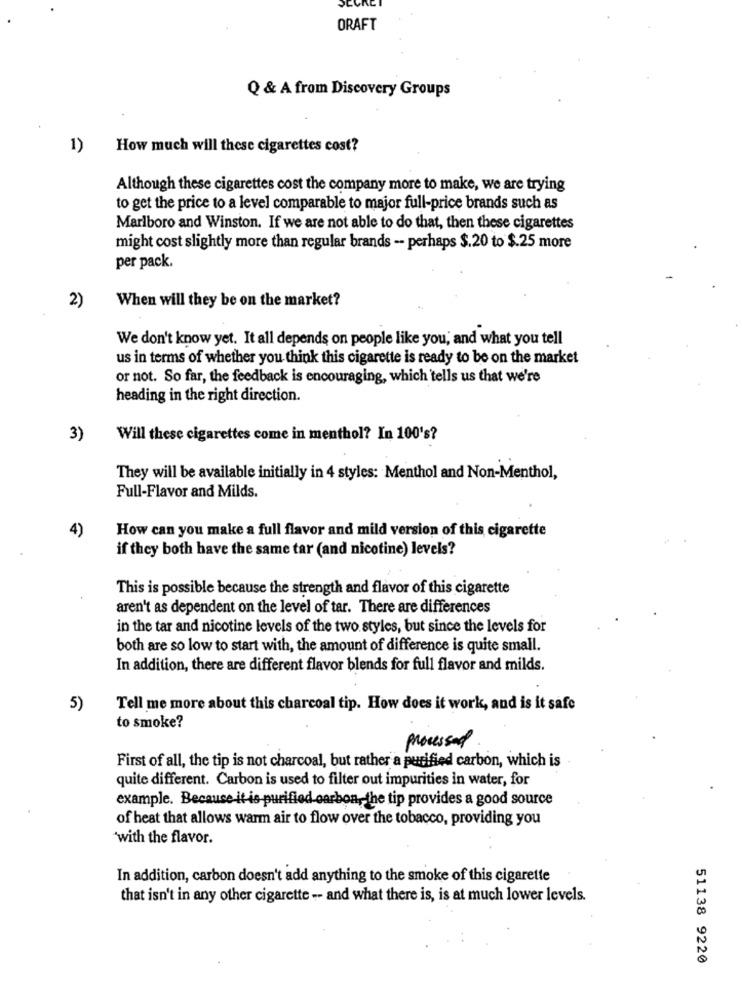
ORAFT
Q & A from Discovery Groups
1)
How much will these cigarettes cost?
Although these cigarettes cost the company more to make, we are trying
to get the price to a level comparable to major full-price brands such as
Marlboro and Winston. If we are not able to do that, then these cigarettes
might cost slightly more than regular brands -- perhaps $.20 to $.25 more
per pack.
When will they be on the market?
2)
We don't know yet. It all depends on people like you, and what you tell
us in terms of whether you think this cigarette is ready to be on the market
or not. So far, the feedback is encouraging, which tells us that we're
heading in the right direction.
3)
Will these cigarettes come in menthol? In 100's?
They will be available initially in 4 styles: Menthol and Non-Menthol,
Full-Flavor and Milds.
4)
How can you make a full flavor and mild version of this cigarette
if they both have the same tar (and nicotine) levels?
This is possible because the strength and flavor of this cigarette
aren't as dependent on the level of tar. There are differences
in the tar and nicotine levels of the two styles, but since the levels for
both are so low to start with, the amount of difference is quite small.
In addition, there are different flavor blends for full flavor and milds.
5)
Tell me more about this charcoal tip. How does it work, and is it safe
to smoke?
processed
First of all, the tip is not charcoal, but rather a purified carbon, which is
quite different. Carbon is used to filter out impurities in water, for
example. Because it is purified carbon,the tip provides a good source
of heat that allows warm air to flow over the tobacco, providing you
with the flavor.
In addition, carbon doesn't add anything to the smoke of this cigarette
that isn't in any other cigarette -- and what there is, is at much lower levels.
51138 9220